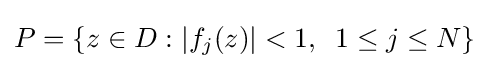
P=\{z\in D:|f_{j}(z)|<1,\;\;1\leq j\leq N\}